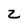
Character: z